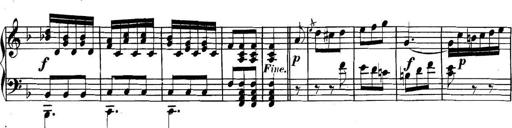
Title: Collected Piano Sonatas
Composer: Muzio Clementi